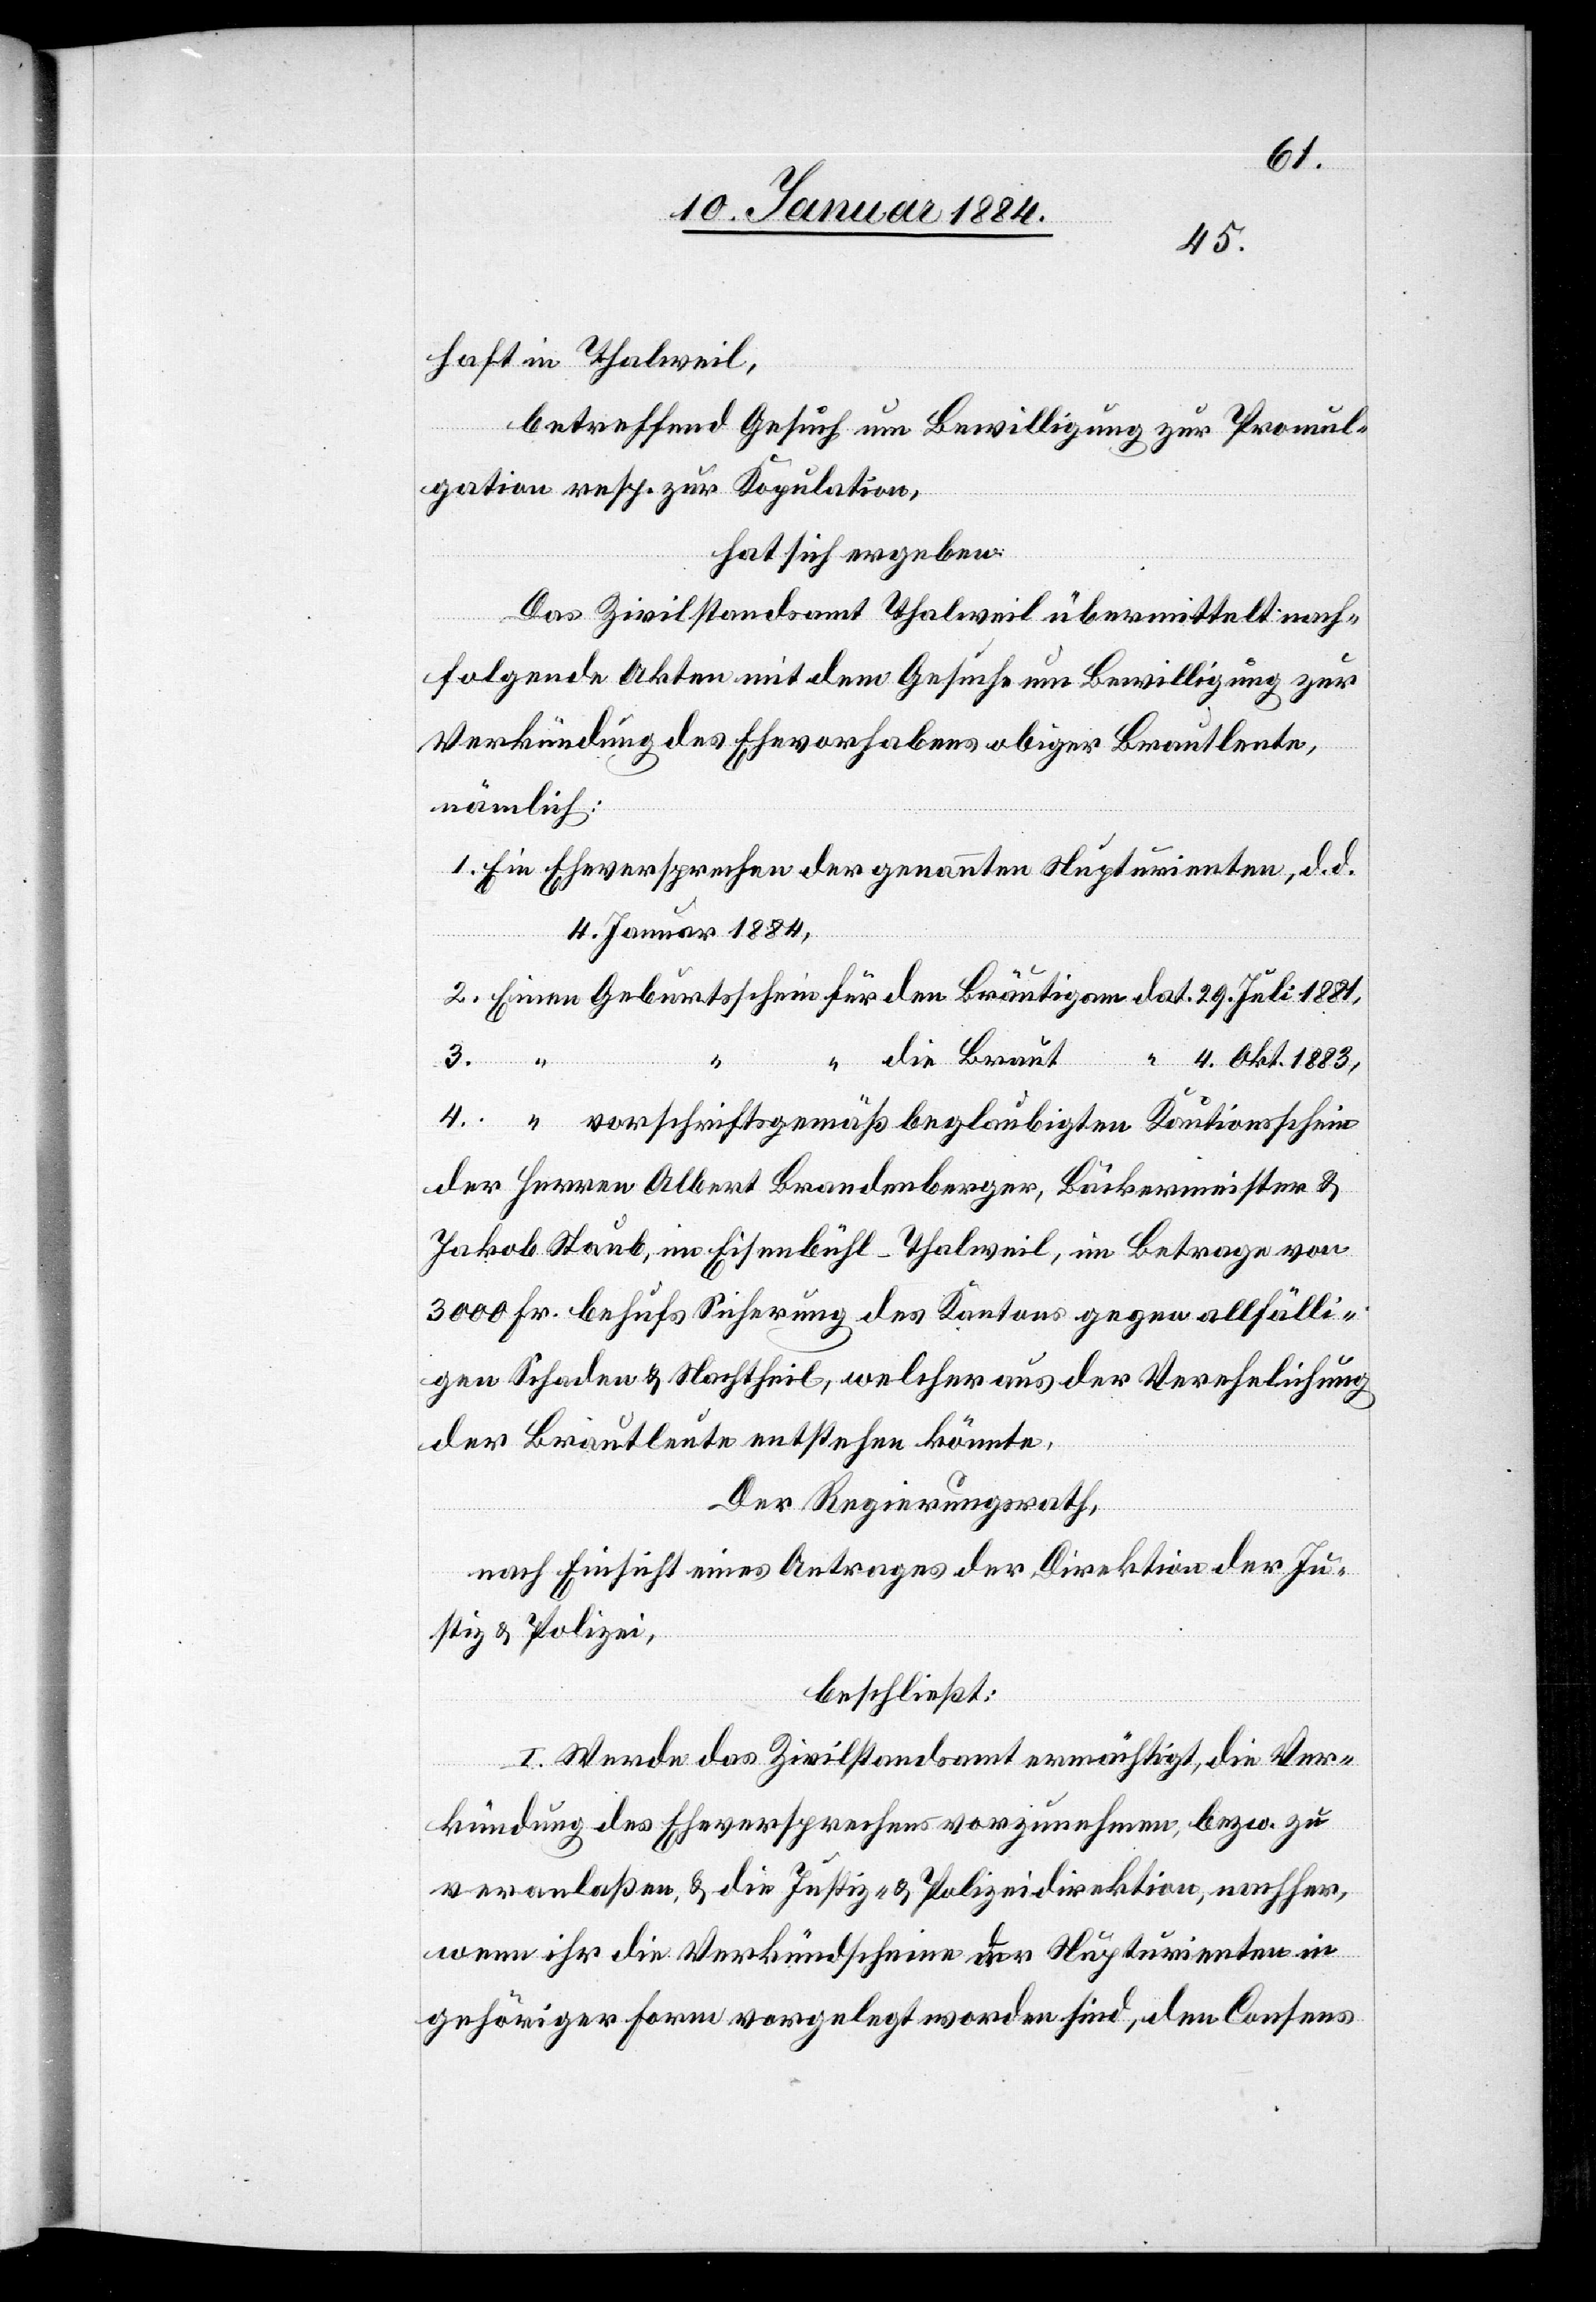
haft in Thalweil,
betreffend Gesuch um Bewilligung zur Promul¬
gation resp. zur Kopulation,
hat sich ergeben:
Das Zivilstandsamt Thalweil übermittelt nach¬
folgende Akten mit dem Gesuche um Bewilligung zur
Verkündigung des Ehevorhabens obiger Brautleute,
nämlich:
1. Ein Eheversprechen der genannten Nupturienten, d. d.
4 Januar 1884,
2. Einen Geburtsschein für den Bräutigam dat. 29. Juli 1881,
3. “
die Braut “ 4. Okt. 1883,
4. “ vorschriftsgemäß beglaubigten Kautionsschein
der Herren Albert Brandenberger, Baumeister &
Jakob Staub, in Eisenbühl - Thalweil, im Betrage von
3000 Fr. behufs Sicherung des Kantons gegen allfälli¬
gen Schaden & Nachtheil, welcher aus der Verehelichung
der Brautleute entstehen könnte.
Der Regierungsrath,
nach Einsicht eines Antrages der Direktion der Ju¬
stiz & Polizei,
beschließt:
I. Werde das Zivilstandsamt ermächtigt, die Ver¬
kündung des Eheversprechens vorzunehmen, bzw. zu
veranlaßen, & die Justiz- & Polizeidirektion, nachher,
wenn ihr die Verkündscheine der Nupturienten in
gehöriger Form vorgelegt worden sind, den Consens